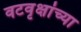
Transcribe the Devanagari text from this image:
वटवृक्षांच्या